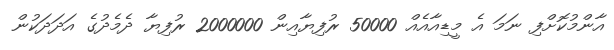
އާންމުކޮށްފި ނަމަ އެ މީޑިއާއެއް 50000 ރުފިޔާއިން 2000000 ރުފިޔާ ދެމެދުގެ އަދަދަކުން